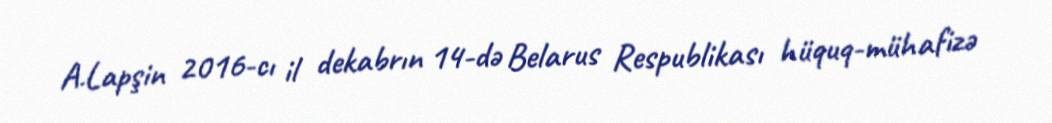
A.Lapşin 2016-cı il dekabrın 14-də Belarus Respublikası hüquq-mühafizə